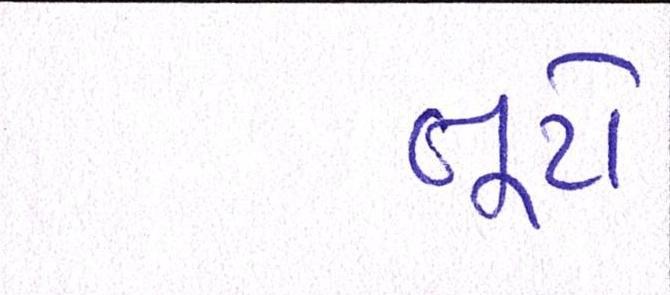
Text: તૂટો